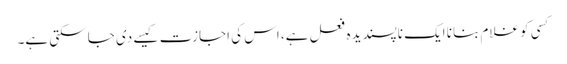
کسی کو غلام بنانا ایک ناپسندیدہ فعل ہے، اس کی اجازت کیسے دی جا سکتی ہے۔